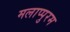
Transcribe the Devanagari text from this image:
मलाप्पुरम